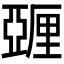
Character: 𬪿